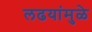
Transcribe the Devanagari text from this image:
लढयांमुळे